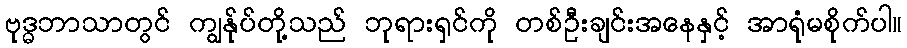
ဗုဒ္ဓဘာသာတွင် ကျွန်ုပ်တို့သည် ဘုရားရှင်ကို တစ်ဦးချင်းအနေနှင့် အာရုံမစိုက်ပါ။